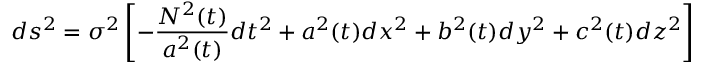
d s ^ { 2 } = \sigma ^ { 2 } \left[ - \frac { N ^ { 2 } ( t ) } { a ^ { 2 } ( t ) } d t ^ { 2 } + a ^ { 2 } ( t ) d x ^ { 2 } + b ^ { 2 } ( t ) d y ^ { 2 } + c ^ { 2 } ( t ) d z ^ { 2 } \right]